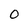
Character: 0